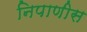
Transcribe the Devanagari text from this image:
निपाणीस